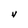
Character: v